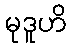
မုဒူဟိ